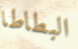
البطاطا